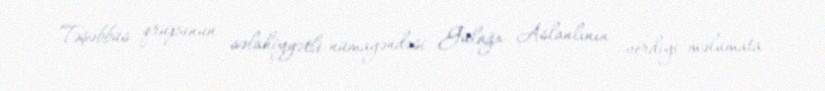
Təşəbbüs qrupunun səlahiyyətli nümayəndəsi Gülağa Aslanlının verdiyi məlumata